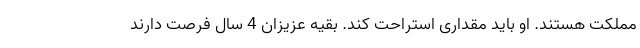
مملکت هستند. او باید مقداری استراحت کند. بقیه عزیزان 4 سال فرصت دارند